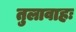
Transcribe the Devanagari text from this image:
तुलावाहः